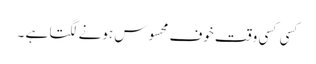
کسی کسی وقت خوف محسوس ہونے لگتا ہے ۔